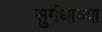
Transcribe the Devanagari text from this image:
सुगंधाच्या